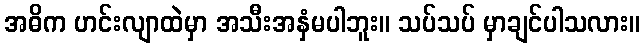
အဓိက ဟင်းလျာထဲမှာ အသီးအနှံမပါဘူး။ သပ်သပ် မှာချင်ပါသလား။